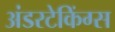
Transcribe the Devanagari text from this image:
अंडरटेकिंग्स